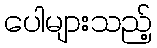
ပေါများသည့်